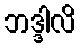
ဘဒ္ဒါလိ